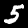
Digit: 5